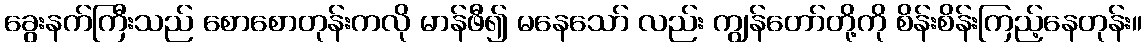
ခွေးနက်ကြီးသည် စောစောတုန်းကလို မာန်ဖီ၍ မနေသော် လည်း ကျွန်တော်တို့ကို စိန်းစိန်းကြည့်နေတုန်း။